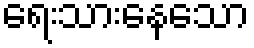
ရေးသားနေသော